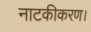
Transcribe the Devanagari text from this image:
नाटकीकरण।